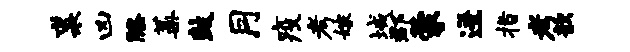
裘凶膝蒿鼓月疫考嫁域郡蒙迸指考歆